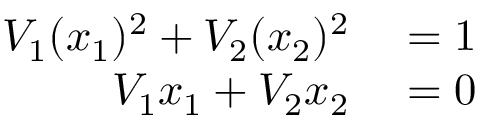
\begin{array} { r l } { V _ { 1 } ( x _ { 1 } ) ^ { 2 } + V _ { 2 } ( x _ { 2 } ) ^ { 2 } } & { { } = 1 } \\ { V _ { 1 } x _ { 1 } + V _ { 2 } x _ { 2 } } & { { } = 0 } \end{array}